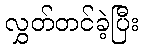
လွှတ်တင်ခဲ့ပြီး